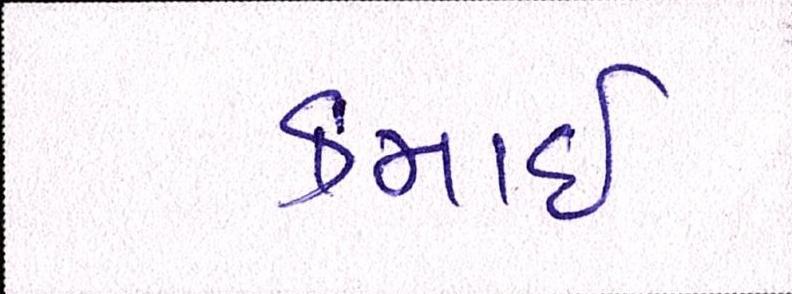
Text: કમાઈ